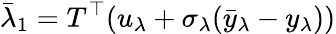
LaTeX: \bar{\lambda}_{1}=T^{\top}(u_{\lambda}+\sigma_{\lambda}(\bar{y}_{\lambda}-y_{\lambda}))